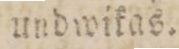
undwikas.